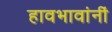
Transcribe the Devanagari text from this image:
हावभावांनीं